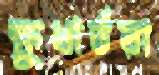
ক্ষুধার্তরা